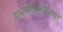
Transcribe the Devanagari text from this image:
डायसीलग्लाइसेरल